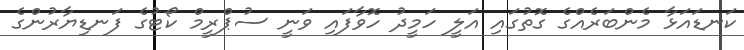
ކަނޑައަޅާ މެންބަރެއްގެ ގޮތުގައި އަލީ ހަމީދު ހޮވާފައި ވަނީ ސުޕްރީމް ކޯޓުގެ ފަނޑިޔާރުންގެ